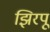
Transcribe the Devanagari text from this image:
झिरपू